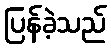
ပြန်ခဲ့သည်